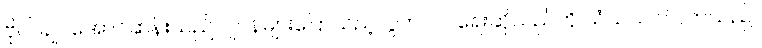
ဗိုလ်ချုပ်အောင်ဆန်းသည် ဂျပန်များပြောသည့်လွတ်လပ်ရေးဆိုသည်ကို သံသယဝင်လာသည်။